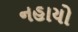
નહાયો